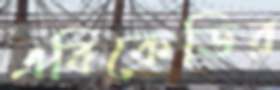
এবিকেডির